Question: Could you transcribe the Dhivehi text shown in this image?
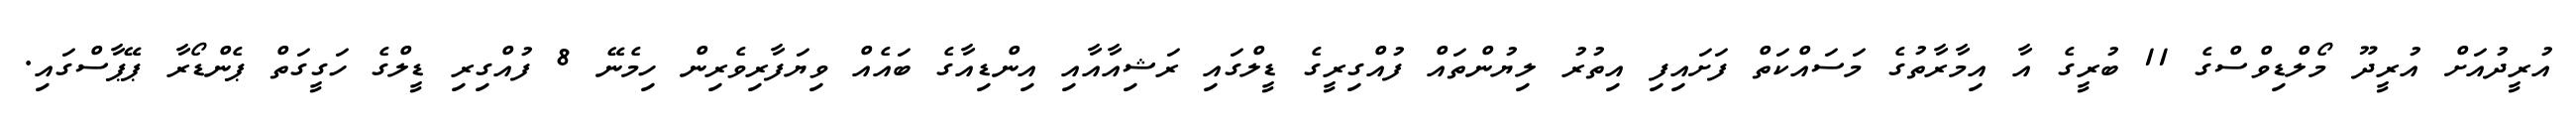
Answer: އުރީދުއަށް އުރީދޫ މޯލްޑިވްސްގެ 11 ބުރީގެ އާ އިމާރާތުގެ މަސައްކަތް ފަށައިފި އިތުރު ލިޔުންތައް ފުއްގިރީގެ ޑީލްގައި ރަޝިއާއާއި އިންޑިއާގެ ބައެއް ވިޔަފާރިވެރިން ހިމެނޭ 8 ފުއްގިރި ޑީލްގެ ހަގީގަތް ޕެންޑޯރާ ޕޭޕާސްގައި.